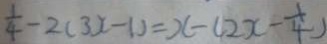
\frac { 1 } { 4 } - 2 ( 3 x - 1 ) = x - ( 2 x - \frac { 1 } { 4 } )